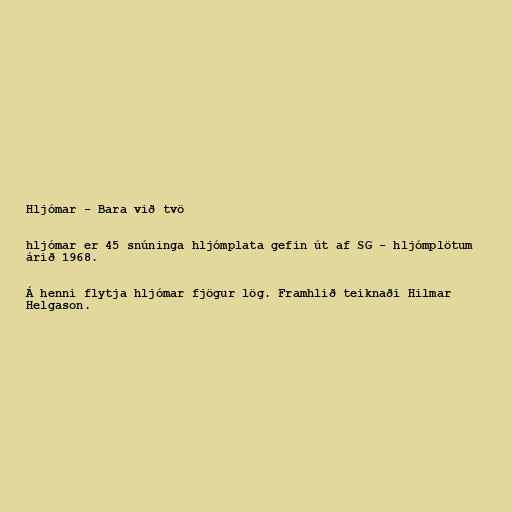
Hljómar - Bara við tvö

hljómar er 45 snúninga hljómplata gefin út af SG - hljómplötum
árið 1968.

Á henni flytja hljómar fjögur lög. Framhlið teiknaði Hilmar
Helgason.